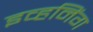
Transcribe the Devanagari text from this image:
इव्हनिंग